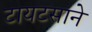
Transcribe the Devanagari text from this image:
टायटसाने